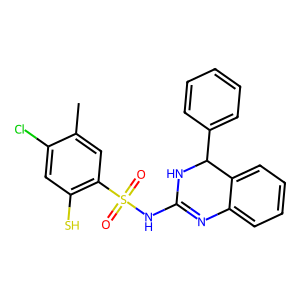
SMILES: Cc1cc(S(=O)(=O)NC2=Nc3ccccc3C(c3ccccc3)N2)c(S)cc1Cl
Inhibits HIV replication: No